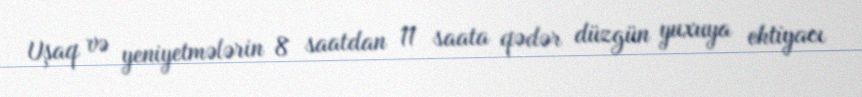
Uşaq və yeniyetmələrin 8 saatdan 11 saata qədər düzgün yuxuya ehtiyacı